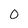
Character: 0